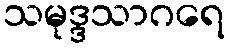
သမုဒ္ဒသာဂရေ